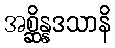
အစ္ဆိန္နဒသာနိ